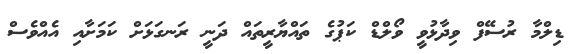
ޑިލްމާ ރުސޭފް ވިދާޅުވީ ވޯލްޑް ކަޕުގެ ތައްޔާރީތައް ދަނީ ރަނގަޅަށް ކަމަށާއި އެއްވެސް